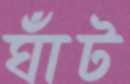
ঘাঁট